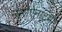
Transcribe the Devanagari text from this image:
न्यूरोऐनाटमी